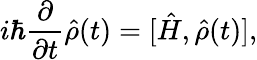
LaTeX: i\hbar\frac{\partial}{\partial t}\hat{\rho}(t)=[\hat{H},\hat{\rho}(t)],